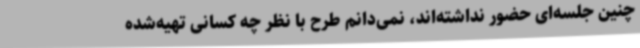
چنین جلسه‌ای حضور نداشته‌اند، نمی‌دانم طرح با نظر چه کسانی تهیه‌شده